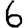
Digit: 6